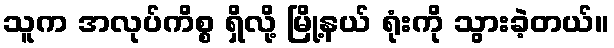
သူက အလုပ်ကိစ္စ ရှိလို့ မြို့နယ် ရုံးကို သွားခဲ့တယ်။